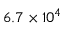
6 . 7 \times 1 0 ^ { 4 }